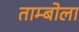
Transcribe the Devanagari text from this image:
ताम्बोला